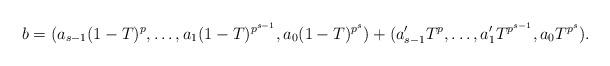
LaTeX: \begin{align*}b=(a_{s-1}(1-T)^{p},\ldots,a_{1}(1-T)^{p^{s-1}}, a_{0}(1-T)^{p^{s}})+(a_{s-1}'T^{p},\ldots,a_{1}'T^{p^{s-1}}, a_{0}T^{p^{s}}). \end{align*}